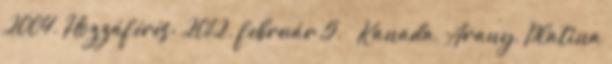
2004. Hozzáférés: 2012. február 5. ↑ Kanada, Arany, Platina